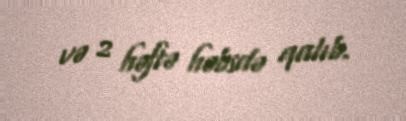
və 2 həftə həbsdə qalıb.